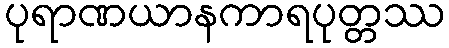
ပုရာဏယာနကာရပုတ္တဿ